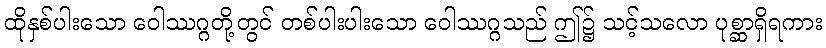
ထိုနှစ်ပါးသော ဝေါဿဂ္ဂတို့တွင် တစ်ပါးပါးသော ဝေါဿဂ္ဂသည် ဤ၌ သင့်သလော ပုစ္ဆာရှိရကား